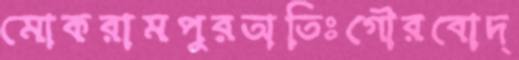
মোকরামপুরঅতিঃগৌরবোদ্